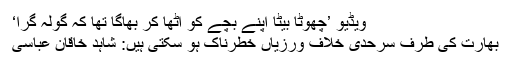
ویڈیو ’چھوٹا بیٹا اپنے بچے کو اٹھا کر بھاگا تھا کہ گولہ گرا‘
بھارت کی طرف سرحدی خلاف ورزیاں خطرناک ہو سکتی ہیں: شاہد خاقان عباسی